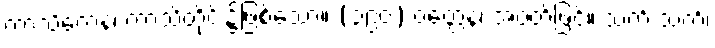
ကာသိကေန၊ ကာသိတိုင်း၌ဖြစ်သော။ (၃၉၀) ဝတ္ထေန၊ အဝတ်ဖြင့်။ သကိံ သကိံ၊